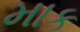
માક